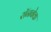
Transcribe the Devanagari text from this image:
रॉनबेक